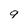
Character: 9